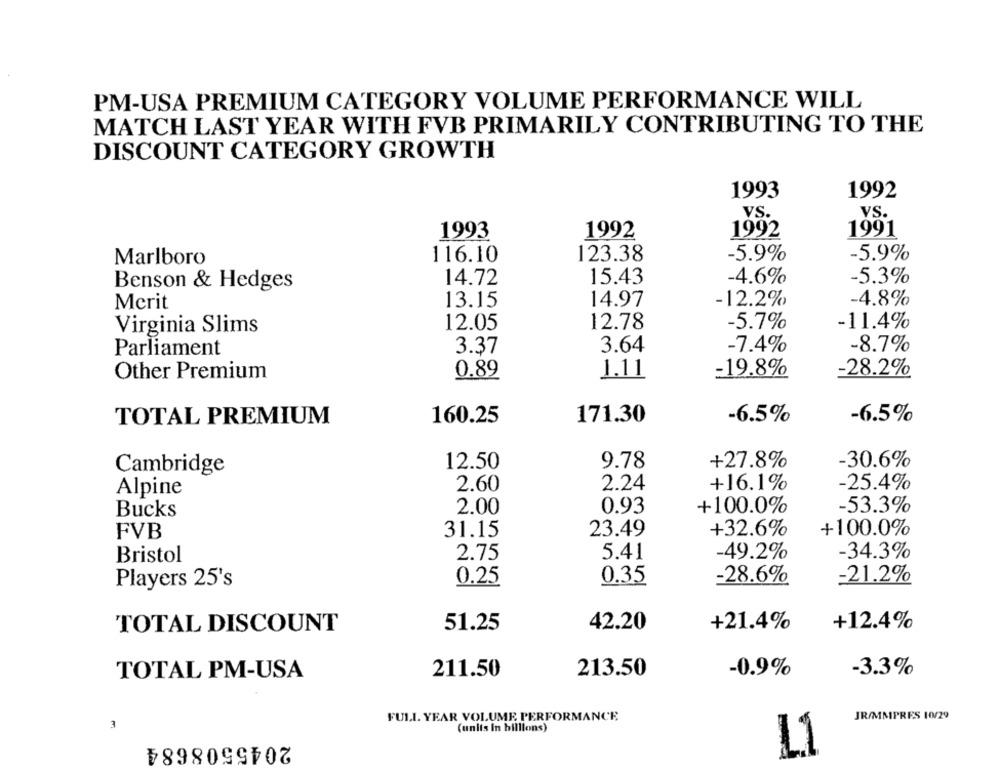
PM-USA PREMIUM CATEGORY VOLUME PERFORMANCE WILL
MATCH LAST YEAR WITH FVB PRIMARILY CONTRIBUTING TO THE
DISCOUNT CATEGORY GROWTH
1993
1992
VS.
VS.
1993
1992
1992
1991
Marlboro
116.10
123.38
-5.9%
-5.9%
14.72
15.43
-4.6%
-5.3%
Benson & Hedges
Merit
13.15
14.97
-12.2%
-4.8%
Virginia Slims
12.05
12.78
-5.7%
-11.4%
Parliament
3.37
3.64
-7.4%
-8.7%
Other Premium
0.89
1.11
-19.8%
-28.2%
TOTAL PREMIUM
160.25
171.30
-6.5%
-6.5%
Cambridge
12.50
9.78
+27.8%
-30.6%
Alpine
2.60
2.24
+16.1%
-25.4%
Bucks
2.00
0.93
+100.0%
-53.3%
FVB
31.15
23.49
+32.6%
+100.0%
Bristol
2.75
5.41
-49.2%
-34.3%
Players 25's
0.25
0.35
-28.6%
-21.2%
TOTAL DISCOUNT
51.25
42.20
+21.4%
+12.4%
TOTAL PM-USA
211.50
213.50
-0.9%
-3.3%
JR/MMPRES 10/29
FULL. YEAR VOLUME PERFORMANCE
3
(units in billions)
2045508684
L1